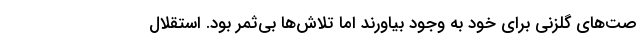
صت‌های گلزنی برای خود به وجود بیاورند اما تلاش‌ها بی‌ثمر بود. استقلال